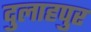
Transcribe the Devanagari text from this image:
दुलाहपुर